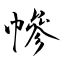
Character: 幓